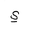
Letter: _ya